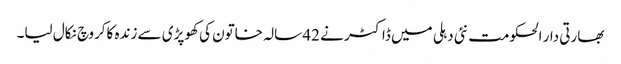
بھارتی دار الحکومت نئی دہلی میں ڈاکٹر نے 42 سالہ خاتون کی کھوپڑی سے زندہ کاکروچ نکال لیا۔